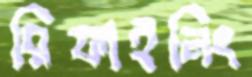
রিফাইনিং